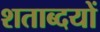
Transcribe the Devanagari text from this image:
शताब्दयों